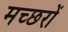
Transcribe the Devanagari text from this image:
मच्‍छरों